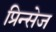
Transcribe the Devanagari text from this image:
प्रिन्सेज